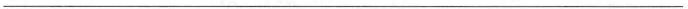
___